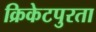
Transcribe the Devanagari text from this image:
क्रिकेटपुरता